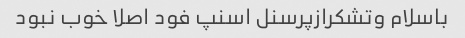
باسلام وتشکرازپرسنل اسنپ فود اصلا خوب نبود